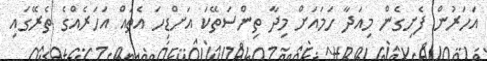
އަހަރުން ފެށިގެން މިއަދާ ހަމައަށް މިދާ ތިންސަތޭކަ އަށްޑިހަ އެތައް އަހަރެއްގެ ތެރޭގައި